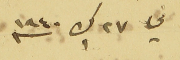
في ٢٧ ك١ سنه ١٩٤٠